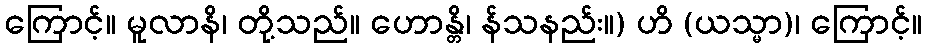
ကြောင့်။ မူလာနိ၊ တို့သည်။ ဟောန္တိ၊ န်သနည်း။) ဟိ (ယသ္မာ)၊ ကြောင့်။